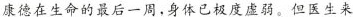
康德在生命的最后一周，身体已极度虚弱。但医生来